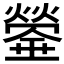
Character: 𤐻